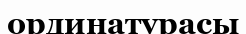
ординатурасы